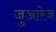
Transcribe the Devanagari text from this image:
जुआरेज